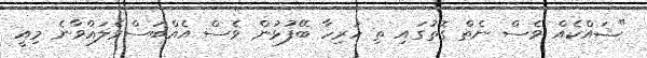
"ޝައްކެއް ވެސް ނެތް ގޮތުގައި ތި ހުރިހާ ބޭފުޅުން ވެސް އެއްބަސްވެލައްވާނެ މިއީ